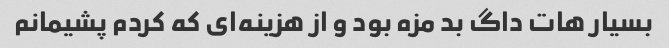
بسیار هات داگ بد مزه بود و از هزینه‌ای که کردم پشیمانم